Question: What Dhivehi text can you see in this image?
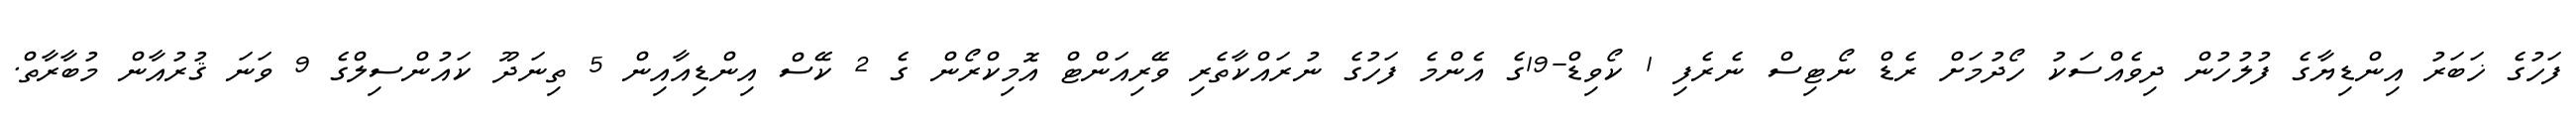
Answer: ފަހުގެ ޚަބަރު އިންޑިޔާގެ ފުލުހުން ދިވެއްސަކު ހޯދުމަށް ރެޑް ނޯޓިސް ނެރެފި 1 ކޯވިޑް-19ގެ އެންމެ ފަހުގެ ނުރައްކާތެރި ވޭރިއަންޓް އޮމިކްރޯން ގެ 2 ކޭސް އިންޑިއާއިން 5 ތިނަދޫ ކައުންސިލްގެ 9 ވަނަ ޤުރުއާން މުބާރާތް.